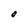
Character: O